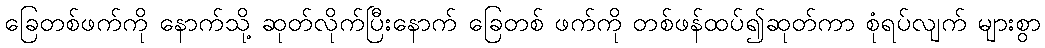
ခြေတစ်ဖက်ကို နောက်သို့ ဆုတ်လိုက်ပြီးနောက် ခြေတစ် ဖက်ကို တစ်ဖန်ထပ်၍ဆုတ်ကာ စုံရပ်လျက် များစွာ